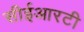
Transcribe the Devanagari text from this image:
सीईआरटी